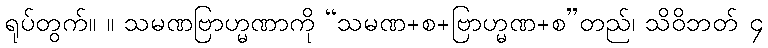
ရုပ်တွက်။ ။ သမဏဗြာဟ္မဏာကို “သမဏ+စ+ဗြာဟ္မဏ+စ”တည်၊ သိဝိဘတ် ၄